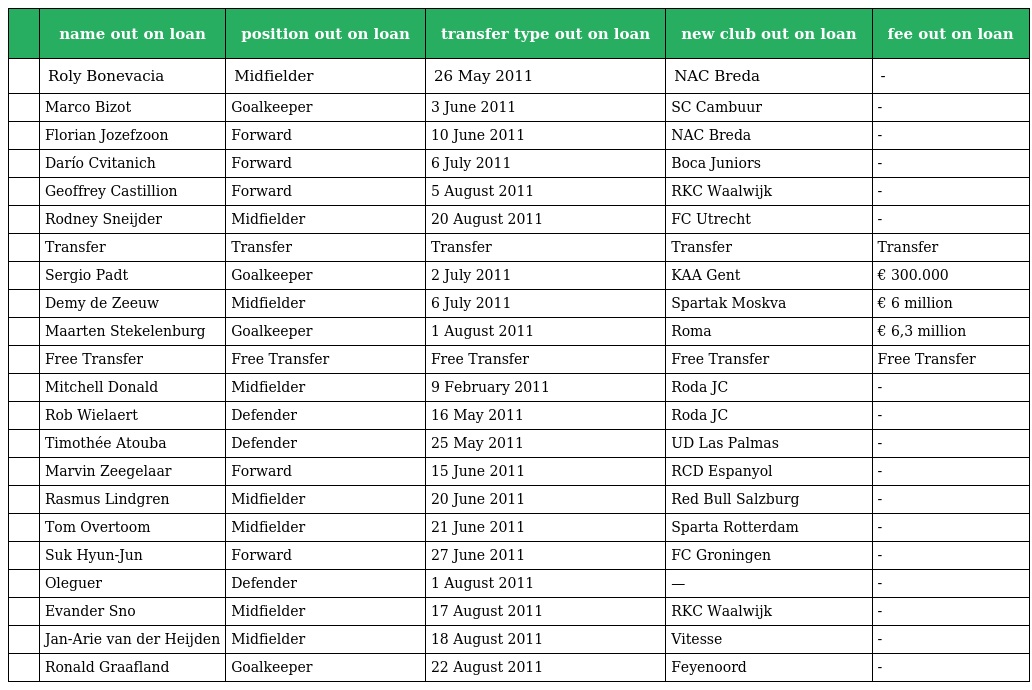
|  | name out on loan | position out on loan | transfer type out on loan | new club out on loan | fee out on loan |
 | --- | --- | --- | --- | --- | --- |
 |  | Roly Bonevacia | Midfielder | 26 May 2011 | NAC Breda | - |
 |  | Marco Bizot | Goalkeeper | 3 June 2011 | SC Cambuur | - |
 |  | Florian Jozefzoon | Forward | 10 June 2011 | NAC Breda | - |
 |  | Darío Cvitanich | Forward | 6 July 2011 | Boca Juniors | - |
 |  | Geoffrey Castillion | Forward | 5 August 2011 | RKC Waalwijk | - |
 |  | Rodney Sneijder | Midfielder | 20 August 2011 | FC Utrecht | - |
 |  | Transfer | Transfer | Transfer | Transfer | Transfer |
 |  | Sergio Padt | Goalkeeper | 2 July 2011 | KAA Gent | € 300.000 |
 |  | Demy de Zeeuw | Midfielder | 6 July 2011 | Spartak Moskva | € 6 million |
 |  | Maarten Stekelenburg | Goalkeeper | 1 August 2011 | Roma | € 6,3 million |
 |  | Free Transfer | Free Transfer | Free Transfer | Free Transfer | Free Transfer |
 |  | Mitchell Donald | Midfielder | 9 February 2011 | Roda JC | - |
 |  | Rob Wielaert | Defender | 16 May 2011 | Roda JC | - |
 |  | Timothée Atouba | Defender | 25 May 2011 | UD Las Palmas | - |
 |  | Marvin Zeegelaar | Forward | 15 June 2011 | RCD Espanyol | - |
 |  | Rasmus Lindgren | Midfielder | 20 June 2011 | Red Bull Salzburg | - |
 |  | Tom Overtoom | Midfielder | 21 June 2011 | Sparta Rotterdam | - |
 |  | Suk Hyun-Jun | Forward | 27 June 2011 | FC Groningen | - |
 |  | Oleguer | Defender | 1 August 2011 | — | - |
 |  | Evander Sno | Midfielder | 17 August 2011 | RKC Waalwijk | - |
 |  | Jan-Arie van der Heijden | Midfielder | 18 August 2011 | Vitesse | - |
 |  | Ronald Graafland | Goalkeeper | 22 August 2011 | Feyenoord | - |